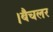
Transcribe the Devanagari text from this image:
।बैचलर